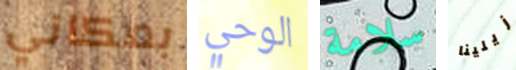
بمكاني الوحي سلامة زيلينا